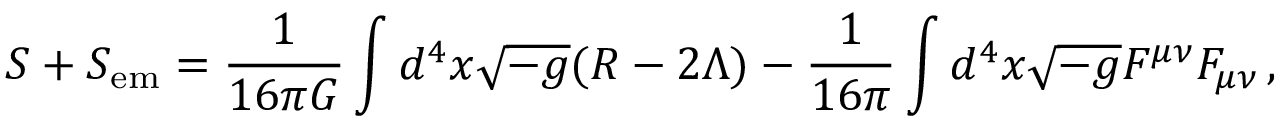
S + S _ { \mathrm { e m } } = \frac { 1 } { 1 6 \pi G } \int { d ^ { 4 } x \sqrt { - g } ( R - 2 \Lambda ) } - \frac { 1 } { 1 6 \pi } \int { d ^ { 4 } x \sqrt { - g } F ^ { \mu \nu } F _ { \mu \nu } } \, ,